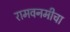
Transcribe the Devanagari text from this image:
रामवनमीचा